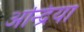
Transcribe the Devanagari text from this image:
अन्द्रिया